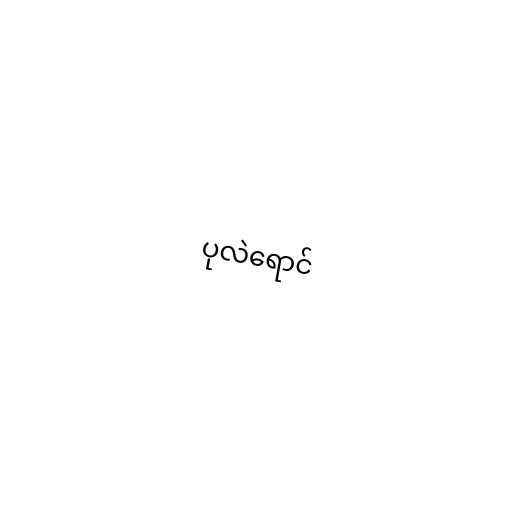
ပုလဲရောင်